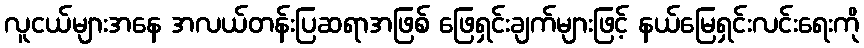
လူငယ်များအနေ အလယ်တန်းပြဆရာအဖြစ် ဖြေရှင်းချက်များဖြင့် နယ်မြေရှင်းလင်းရေးကို